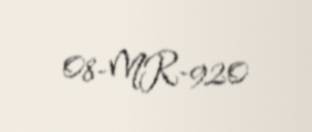
08-MR-920